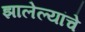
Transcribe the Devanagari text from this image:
झालेल्यांचे